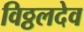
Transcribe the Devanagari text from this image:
विठ्ठलदेव